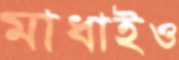
মাধাইও